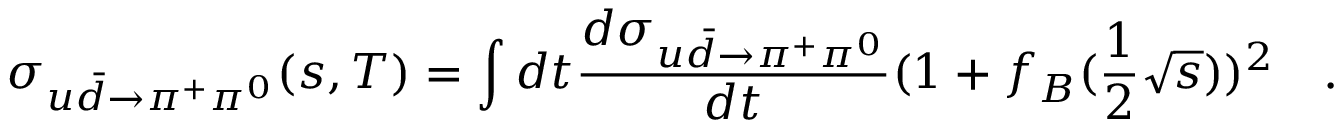
\sigma _ { u \bar { d } \to \pi ^ { + } \pi ^ { 0 } } ( s , T ) = \int d t \frac { d \sigma _ { u \bar { d } \to \pi ^ { + } \pi ^ { 0 } } } { d t } ( 1 + f _ { B } ( \frac { 1 } { 2 } \sqrt { s } ) ) ^ { 2 } \quad .